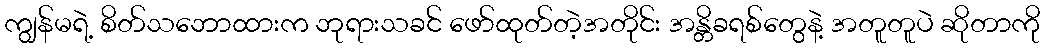
ကျွန်မရဲ့ စိတ်သဘောထားက ဘုရားသခင် ဖော်ထုတ်တဲ့အတိုင်း အန္တိခရစ်တွေနဲ့ အတူတူပဲ ဆိုတာကို